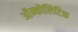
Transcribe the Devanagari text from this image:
ऑन्कोलिटिक